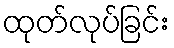
ထုတ်လုပ်ခြင်း